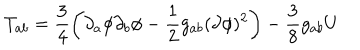
T _ { a b } = \frac { 3 } { 4 } \left( \partial _ { a } \phi \partial _ { b } \phi - \frac { 1 } { 2 } g _ { a b } ( \partial \phi ) ^ { 2 } \right) - \frac { 3 } { 8 } g _ { a b } U